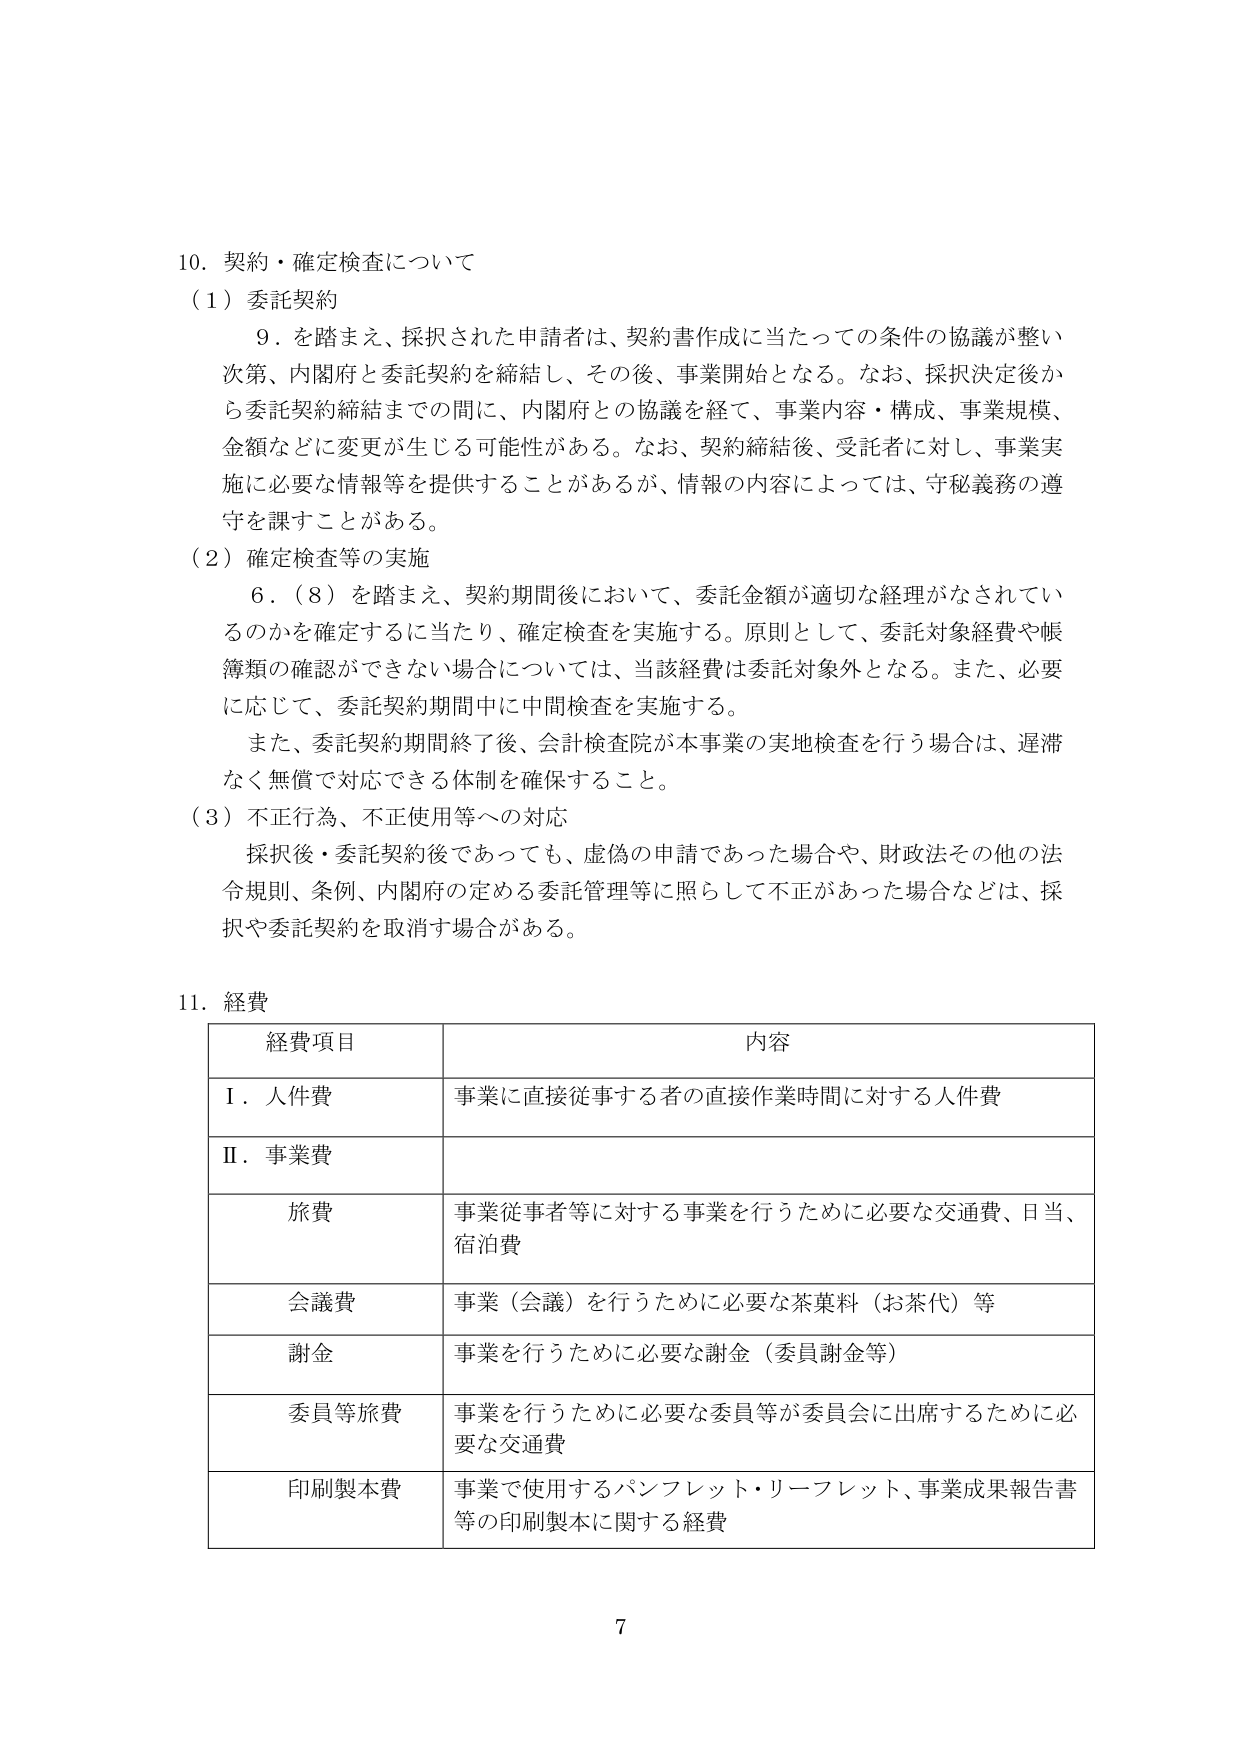
10. 契約・確定検査について
（1）委託契約
　9．を踏まえ、採択された申請者は、契約書作成に当たっての条件の協議が整い次第、内閣府と委託契約を締結し、その後、事業開始となる。なお、採択決定後から委託契約締結までの間に、内閣府との協議を経て、事業内容・構成、事業規模、金額などに変更が生じる可能性がある。なお、契約締結後、受託者に対し、事業実施に必要な情報等を提供することがあるが、情報の内容によっては、守秘義務の遵守を課すことがある。
（2）確定検査等の実施
　6．（8）を踏まえ、契約期間後において、委託金額が適切な経理がなされているのかを確定するに当たり、確定検査を実施する。原則として、委託対象経費や帳簿類の確認ができない場合については、当該経費は委託対象外となる。また、必要に応じて、委託契約期間中に中間検査を実施する。
　また、委託契約期間終了後、会計検査院が本事業の実地検査を行う場合は、遅滞なく無償で対応できる体制を確保すること。
（3）不正行為、不正使用等への対応
　採択後・委託契約後であっても、虚偽の申請であった場合や、財政法その他の法令規則、条例、内閣府の定める委託管理等に照らして不正があった場合などは、採択や委託契約を取消す場合がある。

11. 経費
| 経費項目 | 内容 |
|---|---|
| Ⅰ．人件費 | 事業に直接従事する者の直接作業時間に対する人件費 |
| Ⅱ．事業費 | |
| 旅費 | 事業従事者等に対する事業を行うために必要な交通費、日当、宿泊費 |
| 会議費 | 事業（会議）を行うために必要な茶菓料（お茶代）等 |
| 謝金 | 事業を行うために必要な謝金（委員謝金等） |
| 委員等旅費 | 事業を行うために必要な委員等が委員会に出席するために必要な交通費 |
| 印刷製本費 | 事業で使用するパンフレット・リーフレット、事業成果報告書等の印刷製本に関する経費 |

7